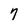
Character: 7